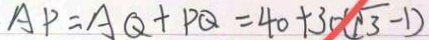
A P = A Q + P Q = 4 0 + 3 0 ( \sqrt { 3 } - 1 )